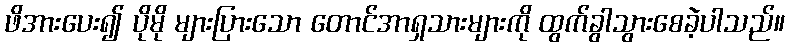
ဖိအားပေး၍ ပိုမို များပြားသော တောင်အာရှသားများကို ထွက်ခွါသွားစေခဲ့ပါသည်။